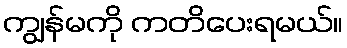
ကျွန်မကို ကတိပေးရမယ်။